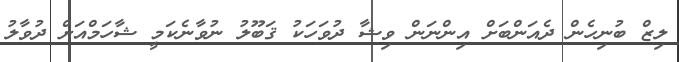
ލިޒް ބުނިހެން ދެއަންބަށް އިންނަން ވިޝާ ދުވަހަކު ޤަބޫލު ނުވާނެކަމީ ޝާހަމްއަށް ދުވާލު